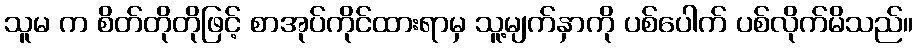
သူမ က စိတ်တိုတိုဖြင့် စာအုပ်ကိုင်ထားရာမှ သူ့မျက်နှာကို ပစ်ပေါက် ပစ်လိုက်မိသည်။